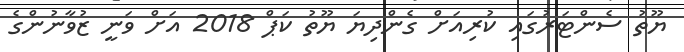
ޔޫތު ސެންޓަރުގައި ކުރިއަށް ގެންދިޔަ ޔޫތު ކަޕް 2018 އަށް ވަނީ ޒުވާނުންގެ